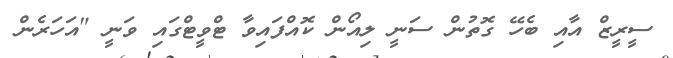
ސީރީޒް އާއި ބެހޭ ގޮތުން ސަނީ ލިއޯން ކޮއްފައިވާ ޓްވީޓްގައި ވަނީ "އަހަރެން